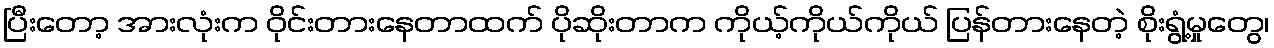
ပြီးတော့ အားလုံးက ဝိုင်းတားနေတာထက် ပိုဆိုးတာက ကိုယ့်ကိုယ်ကိုယ် ပြန်တားနေတဲ့ စိုးရွံ့မှုတွေ၊